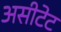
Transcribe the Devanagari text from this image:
असीटेट